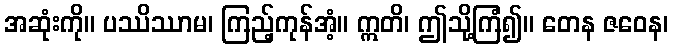
အဆုံးကို။ ပဿိဿာမ၊ ကြည့်ကုန်အံ့။ ဣတိ၊ ဤသို့ကြံ၍။ တေန ဇဝေန၊